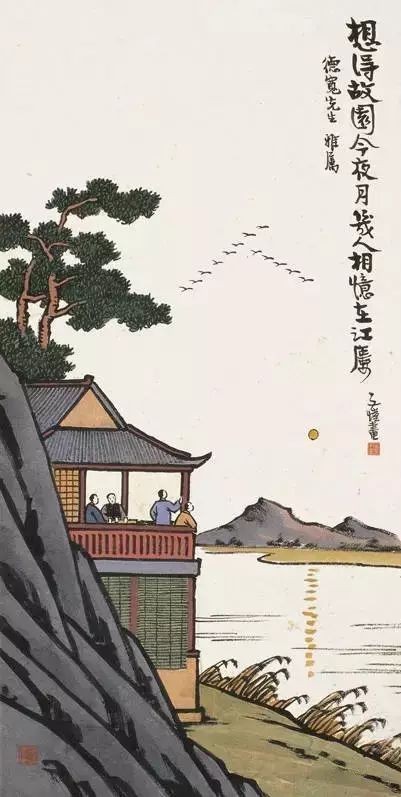
离别一何久，七度过中秋。